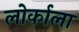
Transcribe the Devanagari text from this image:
लोर्काला